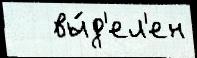
   вы́д'ел'ен